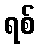
ရစ်